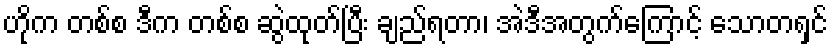
ဟိုက တစ်စ ဒီက တစ်စ ဆွဲထုတ်ပြီး ချည်ရတာ၊ အဲဒီအတွက်ကြောင့် သောတရှင်